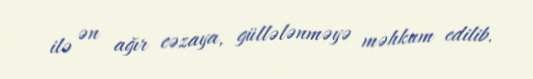
ilə ən ağır cəzaya, güllələnməyə məhkum edilib.